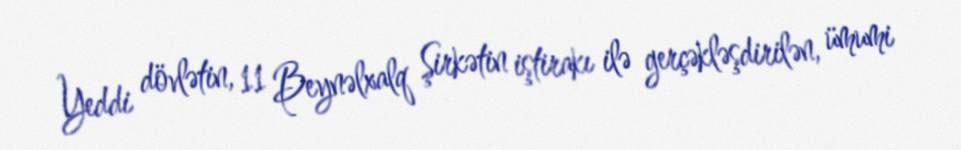
Yeddi dövlətin, 11 Beynəlxalq Şirkətin iştirakı ilə gerçəkləşdirilən, ümumi